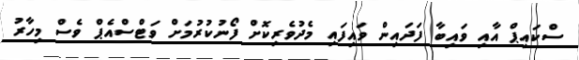
ސްކައިޕް އާއި ވައިބާ ފަދައިން ވައިފައި މެދުވެރިކޮށް ފޯނުކުރުމަށް ވަޓްސްއެޕް ވެސް މިހާރު